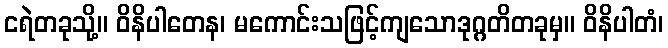
ငရဲတခုသို့။ ဝိနိပါတေန၊ မကောင်းသဖြင့်ကျသောဒုဂ္ဂတိတခုမှ။ ဝိနိပါတံ၊